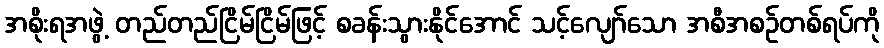
အစိုးရအဖွဲ့ တည်တည်ငြိမ်ငြိမ်ဖြင့် စခန်းသွားနိုင်အောင် သင့်လျော်သော အစီအစဉ်တစ်ရပ်ကို